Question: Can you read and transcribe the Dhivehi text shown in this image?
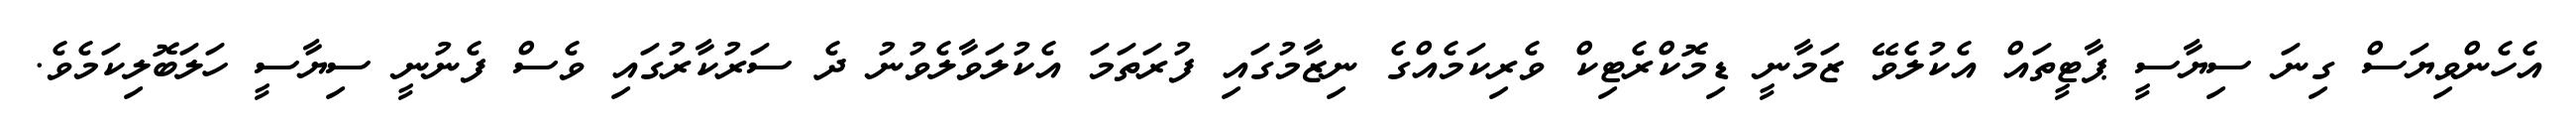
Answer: އެހެންވިޔަސް ގިނަ ސިޔާސީ ޕާޓީތައް އެކުލެވޭ ޒަމާނީ ޑިމޮކްރެޓިކް ވެރިކަމެއްގެ ނިޒާމުގައި ފުރަތަމަ އެކުލަވާލެވުނު ދެ ސަރުކާރުގައި ވެސް ފެނުނީ ސިޔާސީ ހަލަބޮލިކަމެވެ.